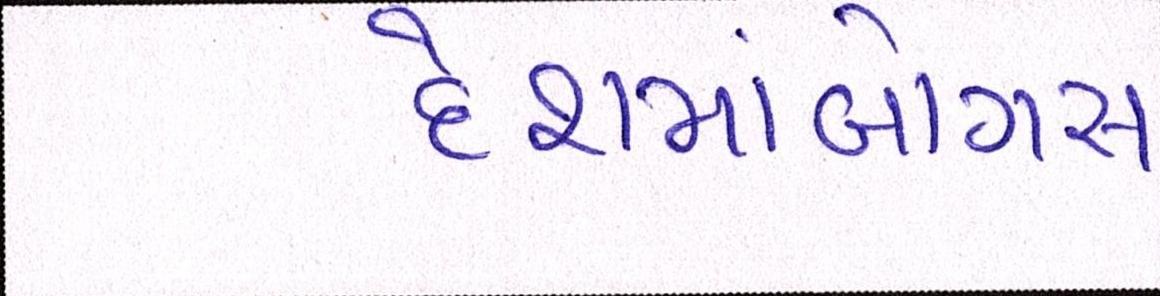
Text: દેશમાંબોગસ